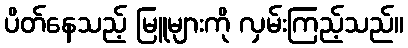
ပိတ်နေသည့် မြူများကို လှမ်းကြည့်သည်။